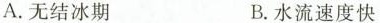
A.无结冰期 B.水流速度快